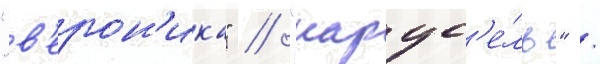
"в'ерон'ика" / "карус'е́ль" /